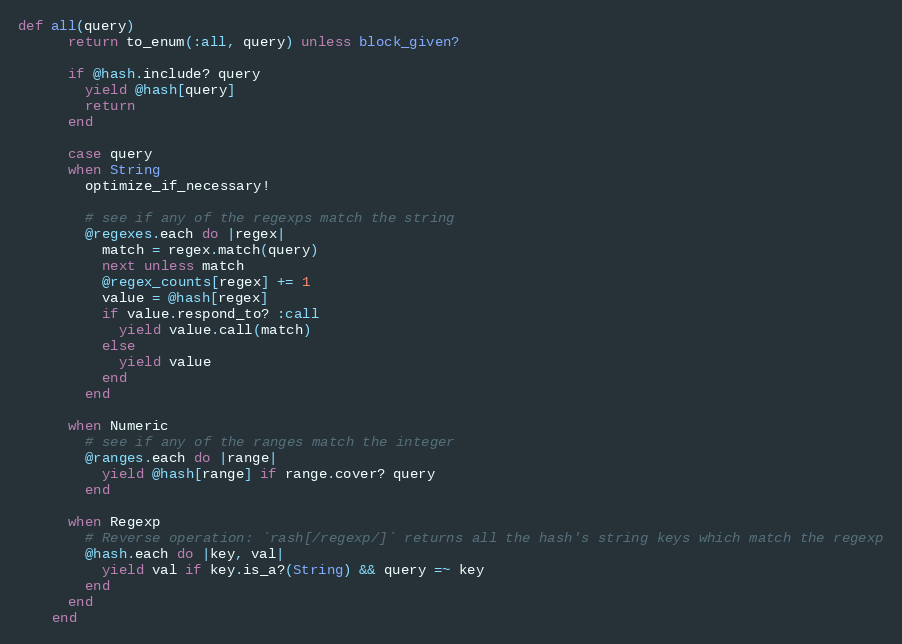
Language: Ruby
def all(query)
      return to_enum(:all, query) unless block_given?

      if @hash.include? query
        yield @hash[query]
        return
      end

      case query
      when String
        optimize_if_necessary!

        # see if any of the regexps match the string
        @regexes.each do |regex|
          match = regex.match(query)
          next unless match
          @regex_counts[regex] += 1
          value = @hash[regex]
          if value.respond_to? :call
            yield value.call(match)
          else
            yield value
          end
        end

      when Numeric
        # see if any of the ranges match the integer
        @ranges.each do |range|
          yield @hash[range] if range.cover? query
        end

      when Regexp
        # Reverse operation: `rash[/regexp/]` returns all the hash's string keys which match the regexp
        @hash.each do |key, val|
          yield val if key.is_a?(String) && query =~ key
        end
      end
    end